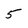
Character: 5